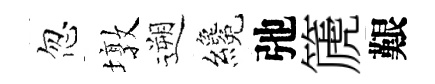
忽墩遡纔弛篪艱